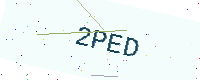
Text: 2PED